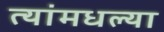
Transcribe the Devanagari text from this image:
त्यांमधल्या